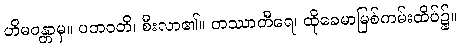
ဟိမဝန္တာမှ။ ပဘဝတိ၊ စီးလာ၏။ တဿာတီရေ၊ ထိုခေမာမြစ်ကမ်းထိပ်၌။